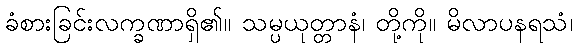
ခံစားခြင်းလက္ခဏာရှိ၏။ သမ္ပယုတ္တာနံ၊ တို့ကို။ မိလာပနရသံ၊